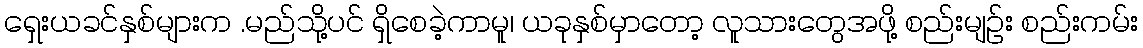
ရှေးယခင်နှစ်များက .မည်သို့ပင် ရှိစေခဲ့ကာမူ၊ ယခုနှစ်မှာတော့ လူသားတွေအဖို့ စည်းမျဉ်း စည်းကမ်း